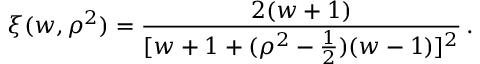
\xi ( w , \rho ^ { 2 } ) = \frac { 2 ( w + 1 ) } { [ w + 1 + ( \rho ^ { 2 } - \frac { 1 } { 2 } ) ( w - 1 ) ] ^ { 2 } } \, .